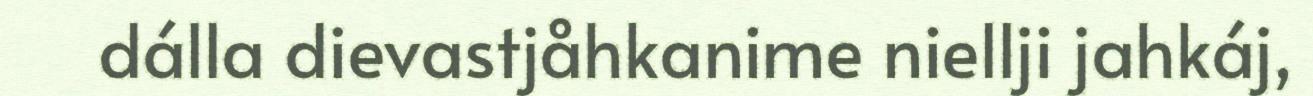
dálla dievastjåhkanime niellji jahkáj,